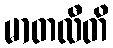
မာတလီတိ